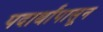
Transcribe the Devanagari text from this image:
पदार्थांपासून